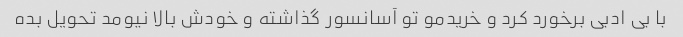
با بی ادبی برخورد کرد و خریدمو تو آسانسور گذاشته و خودش بالا نیومد تحویل بده